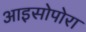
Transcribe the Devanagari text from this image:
आइसोपोरा